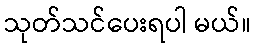
သုတ်သင်ပေးရပါ မယ်။